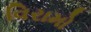
વિરામો